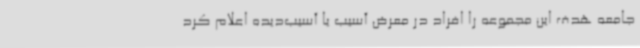
جامعه هدف این مجموعه را افراد در معرض آسیب یا آسیب‌دیده اعلام کرد